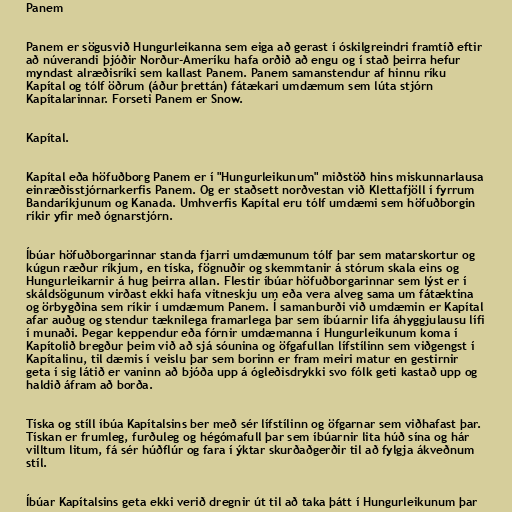
Panem

Panem er sögusvið Hungurleikanna sem eiga að gerast í óskilgreindri framtíð eftir
að núverandi þjóðir Norður-Ameríku hafa orðið að engu og í stað þeirra hefur
myndast alræðisríki sem kallast Panem. Panem samanstendur af hinnu ríku
Kapítal og tólf öðrum (áður þrettán) fátækari umdæmum sem lúta stjórn
Kapítalarinnar. Forseti Panem er Snow.

Kapítal.

Kapítal eða höfuðborg Panem er í "Hungurleikunum" miðstöð hins miskunnarlausa
einræðisstjórnarkerfis Panem. Og er staðsett norðvestan við Klettafjöll í fyrrum
Bandaríkjunum og Kanada. Umhverfis Kapítal eru tólf umdæmi sem höfuðborgin
ríkir yfir með ógnarstjórn.

Íbúar höfuðborgarinnar standa fjarri umdæmunum tólf þar sem matarskortur og
kúgun ræður ríkjum, en tíska, fögnuðir og skemmtanir á stórum skala eins og
Hungurleikarnir á hug þeirra allan. Flestir íbúar höfuðborgarinnar sem lýst er í
skáldsögunum virðast ekki hafa vitneskju um eða vera alveg sama um fátæktina
og örbygðina sem ríkir í umdæmum Panem. Í samanburði við umdæmin er Kapítal
afar auðug og stendur tæknilega framarlega þar sem íbúarnir lifa áhyggjulausu lífi
í munaði. Þegar keppendur eða fórnir umdæmanna í Hungurleikunum koma í
Kapítolið bregður þeim við að sjá sóunina og öfgafullan lífstílinn sem viðgengst í
Kapítalinu, til dæmis í veislu þar sem borinn er fram meiri matur en gestirnir
geta í sig látið er vaninn að bjóða upp á ógleðisdrykki svo fólk geti kastað upp og
haldið áfram að borða.

Tíska og stíll íbúa Kapítalsins ber með sér lífstílinn og öfgarnar sem viðhafast þar.
Tískan er frumleg, furðuleg og hégómafull þar sem íbúarnir lita húð sína og hár
villtum litum, fá sér húðflúr og fara í ýktar skurðaðgerðir til að fylgja ákveðnum
stíl.

Íbúar Kapítalsins geta ekki verið dregnir út til að taka þátt í Hungurleikunum þar